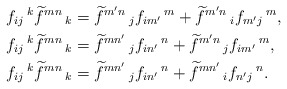
\begin{align*}&f_{ij}\,^{k}\widetilde{f}^{mn}\,_{k}=\widetilde{f}^{m'n}\,_{j}f_{im'}\,^{m}+\widetilde{f}^{m'n}\,_{i}f_{m'j}\,^{m},\\&f_{ij}\,^{k}\widetilde{f}^{mn}\,_{k}=\widetilde{f}^{mn'}\,_{j}f_{in'}\,^{n}+\widetilde{f}^{m'n}\,_{j}f_{im'}\,^{m},\\&f_{ij}\,^{k}\widetilde{f}^{mn}\,_{k}=\widetilde{f}^{mn'}\,_{j}f_{in'}\,^{n}+\widetilde{f}^{mn'}\,_{i}f_{n'j}\,^{n}.\end{align*}